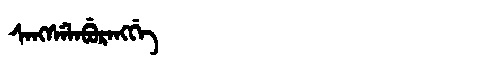
Manchu: ᠰᠠᠩᠰᡝᠯᠠᠪᡠᡵᠠᠩᡤᡝ
Romanization: SANGSELABURANGGE